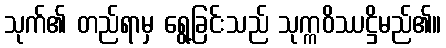
သုက်၏ တည်ရာမှ ရွေ့ခြင်းသည် သုက္ကဝိဿဋ္ဌိမည်၏။